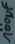
Text: 100µF